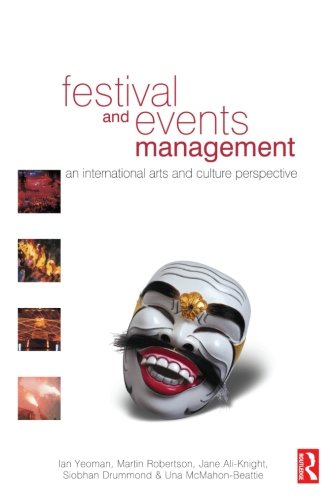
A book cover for Festival and Events Management; Sports & Outdoors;